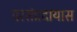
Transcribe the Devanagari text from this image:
परसंप्रदायास